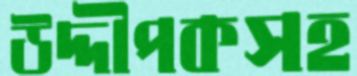
উদ্দীপকসহ